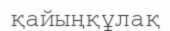
қайыңқұлақ